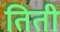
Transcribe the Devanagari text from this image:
तिती